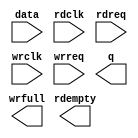
// megafunction wizard: %FIFO%VBB%
// GENERATION: STANDARD
// VERSION: WM1.0
// MODULE: dcfifo 

// ============================================================
// Megafunction Name(s):
// 			dcfifo
//
// Simulation Library Files(s):
// 			altera_mf
// ============================================================
// ************************************************************
// THIS IS A WIZARD-GENERATED FILE. DO NOT EDIT THIS FILE!
//
// 20.1.1 Build 720 11/11/2020 SJ Standard Edition
// ************************************************************

//Copyright (C) 2020  Intel Corporation. All rights reserved.
//Your use of Intel Corporation's design tools, logic functions 
//and other software and tools, and any partner logic 
//functions, and any output files from any of the foregoing 
//(including device programming or simulation files), and any 
//associated documentation or information are expressly subject 
//to the terms and conditions of the Intel Program License 
//Subscription Agreement, the Intel Quartus Prime License Agreement,
//the Intel FPGA IP License Agreement, or other applicable license
//agreement, including, without limitation, that your use is for
//the sole purpose of programming logic devices manufactured by
//Intel and sold by Intel or its authorized distributors.  Please
//refer to the applicable agreement for further details, at
//https://fpgasoftware.intel.com/eula.

module sdram_fifo (
	data,
	rdclk,
	rdreq,
	wrclk,
	wrreq,
	q,
	rdempty,
	wrfull);

	input	[63:0]  data;
	input	  rdclk;
	input	  rdreq;
	input	  wrclk;
	input	  wrreq;
	output	[63:0]  q;
	output	  rdempty;
	output	  wrfull;

endmodule

// ============================================================
// CNX file retrieval info
// ============================================================
// Retrieval info: PRIVATE: AlmostEmpty NUMERIC "0"
// Retrieval info: PRIVATE: AlmostEmptyThr NUMERIC "-1"
// Retrieval info: PRIVATE: AlmostFull NUMERIC "0"
// Retrieval info: PRIVATE: AlmostFullThr NUMERIC "-1"
// Retrieval info: PRIVATE: CLOCKS_ARE_SYNCHRONIZED NUMERIC "0"
// Retrieval info: PRIVATE: Clock NUMERIC "4"
// Retrieval info: PRIVATE: Depth NUMERIC "256"
// Retrieval info: PRIVATE: Empty NUMERIC "1"
// Retrieval info: PRIVATE: Full NUMERIC "1"
// Retrieval info: PRIVATE: INTENDED_DEVICE_FAMILY STRING "Cyclone V"
// Retrieval info: PRIVATE: LE_BasedFIFO NUMERIC "0"
// Retrieval info: PRIVATE: LegacyRREQ NUMERIC "0"
// Retrieval info: PRIVATE: MAX_DEPTH_BY_9 NUMERIC "0"
// Retrieval info: PRIVATE: OVERFLOW_CHECKING NUMERIC "0"
// Retrieval info: PRIVATE: Optimize NUMERIC "0"
// Retrieval info: PRIVATE: RAM_BLOCK_TYPE NUMERIC "0"
// Retrieval info: PRIVATE: SYNTH_WRAPPER_GEN_POSTFIX STRING "0"
// Retrieval info: PRIVATE: UNDERFLOW_CHECKING NUMERIC "0"
// Retrieval info: PRIVATE: UsedW NUMERIC "1"
// Retrieval info: PRIVATE: Width NUMERIC "64"
// Retrieval info: PRIVATE: dc_aclr NUMERIC "0"
// Retrieval info: PRIVATE: diff_widths NUMERIC "0"
// Retrieval info: PRIVATE: msb_usedw NUMERIC "0"
// Retrieval info: PRIVATE: output_width NUMERIC "64"
// Retrieval info: PRIVATE: rsEmpty NUMERIC "1"
// Retrieval info: PRIVATE: rsFull NUMERIC "0"
// Retrieval info: PRIVATE: rsUsedW NUMERIC "0"
// Retrieval info: PRIVATE: sc_aclr NUMERIC "0"
// Retrieval info: PRIVATE: sc_sclr NUMERIC "0"
// Retrieval info: PRIVATE: wsEmpty NUMERIC "0"
// Retrieval info: PRIVATE: wsFull NUMERIC "1"
// Retrieval info: PRIVATE: wsUsedW NUMERIC "0"
// Retrieval info: LIBRARY: altera_mf altera_mf.altera_mf_components.all
// Retrieval info: CONSTANT: INTENDED_DEVICE_FAMILY STRING "Cyclone V"
// Retrieval info: CONSTANT: LPM_NUMWORDS NUMERIC "256"
// Retrieval info: CONSTANT: LPM_SHOWAHEAD STRING "ON"
// Retrieval info: CONSTANT: LPM_TYPE STRING "dcfifo"
// Retrieval info: CONSTANT: LPM_WIDTH NUMERIC "64"
// Retrieval info: CONSTANT: LPM_WIDTHU NUMERIC "8"
// Retrieval info: CONSTANT: OVERFLOW_CHECKING STRING "ON"
// Retrieval info: CONSTANT: RDSYNC_DELAYPIPE NUMERIC "4"
// Retrieval info: CONSTANT: UNDERFLOW_CHECKING STRING "ON"
// Retrieval info: CONSTANT: USE_EAB STRING "ON"
// Retrieval info: CONSTANT: WRSYNC_DELAYPIPE NUMERIC "4"
// Retrieval info: USED_PORT: data 0 0 64 0 INPUT NODEFVAL "data[63..0]"
// Retrieval info: USED_PORT: q 0 0 64 0 OUTPUT NODEFVAL "q[63..0]"
// Retrieval info: USED_PORT: rdclk 0 0 0 0 INPUT NODEFVAL "rdclk"
// Retrieval info: USED_PORT: rdempty 0 0 0 0 OUTPUT NODEFVAL "rdempty"
// Retrieval info: USED_PORT: rdreq 0 0 0 0 INPUT NODEFVAL "rdreq"
// Retrieval info: USED_PORT: wrclk 0 0 0 0 INPUT NODEFVAL "wrclk"
// Retrieval info: USED_PORT: wrfull 0 0 0 0 OUTPUT NODEFVAL "wrfull"
// Retrieval info: USED_PORT: wrreq 0 0 0 0 INPUT NODEFVAL "wrreq"
// Retrieval info: CONNECT: @data 0 0 64 0 data 0 0 64 0
// Retrieval info: CONNECT: @rdclk 0 0 0 0 rdclk 0 0 0 0
// Retrieval info: CONNECT: @rdreq 0 0 0 0 rdreq 0 0 0 0
// Retrieval info: CONNECT: @wrclk 0 0 0 0 wrclk 0 0 0 0
// Retrieval info: CONNECT: @wrreq 0 0 0 0 wrreq 0 0 0 0
// Retrieval info: CONNECT: q 0 0 64 0 @q 0 0 64 0
// Retrieval info: CONNECT: rdempty 0 0 0 0 @rdempty 0 0 0 0
// Retrieval info: CONNECT: wrfull 0 0 0 0 @wrfull 0 0 0 0
// Retrieval info: GEN_FILE: TYPE_NORMAL sdram_fifo.v TRUE
// Retrieval info: GEN_FILE: TYPE_NORMAL sdram_fifo.inc FALSE
// Retrieval info: GEN_FILE: TYPE_NORMAL sdram_fifo.cmp FALSE
// Retrieval info: GEN_FILE: TYPE_NORMAL sdram_fifo.bsf FALSE
// Retrieval info: GEN_FILE: TYPE_NORMAL sdram_fifo_inst.v FALSE
// Retrieval info: GEN_FILE: TYPE_NORMAL sdram_fifo_bb.v TRUE
// Retrieval info: LIB_FILE: altera_mf